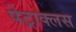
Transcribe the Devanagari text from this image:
पेट्राक्लस